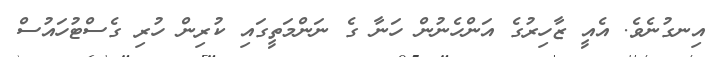
އިނގުނެވެ. އެއީ ޒާހިރުގެ އަންހެނުން ހަނާ ގެ ނަންމަތީގައި ކުރިން ހުރި ގެސްޓުހައުސް